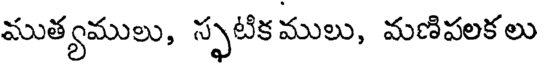
ముత్యములు, స్ఫటికములు, మణిపలకలు